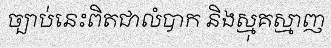
ច្បាប់នេះពិតជាលំបាក និងស្មុគស្មាញ